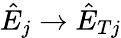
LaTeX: \hat{E}_{j}\to\hat{E}_{Tj}